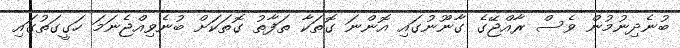
ބުނެދިނުމުން ވެސް ރާއްޖޭގެ ގާނޫނުގައި އޮންނަ ގޮތަކާ ތަފާތު ގޮތަކަށް ބުނެވިއްޖެނަމަ ހަގީގަތުގައި